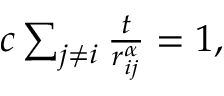
\begin{array} { r } { c \sum _ { j \neq i } \frac { t } { r _ { i j } ^ { \alpha } } = 1 , } \end{array}